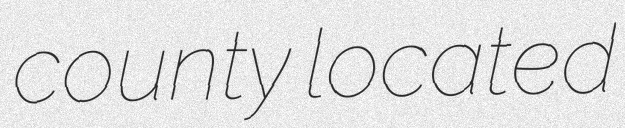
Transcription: county located